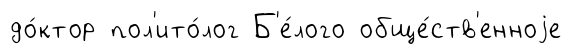
до́ктор пол'ито́лог Б'е́лого обще́ств'енноjе